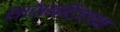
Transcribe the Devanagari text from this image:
शासनविज्ञान